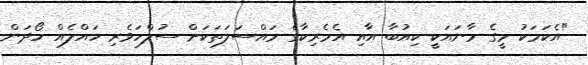
"އެކަމަކު މީގެ މާނައަކީ ކިއުބާ އާއި އެމެރިކާގެ މައްސަލަތަކަށް ސުލްހަވެރި ހައްލެއް ހޯދަން